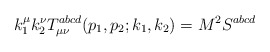
\begin{align*}k_1^\mu k_2^\nu T_{\mu \nu }^{abcd}(p_1,p_2;k_1,k_2)=M^2S^{abcd}\end{align*}